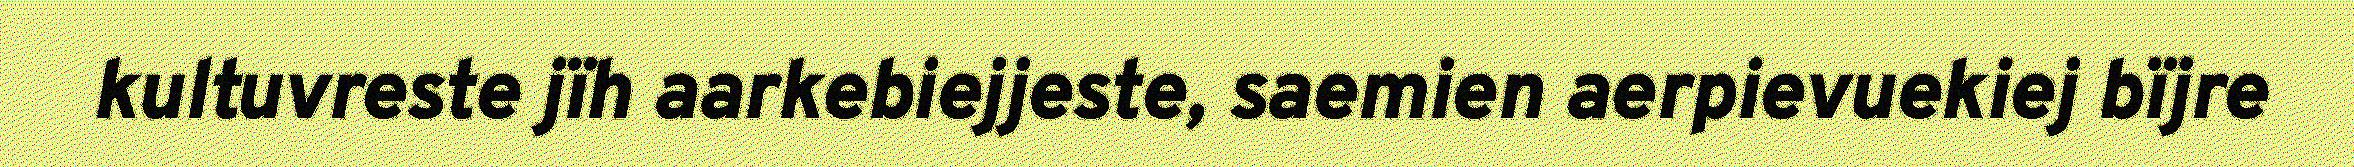
kultuvreste jïh aarkebiejjeste, saemien aerpievuekiej bïjre